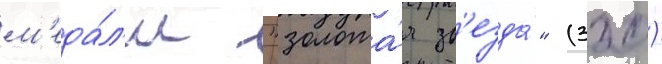
м'еда́л'и "золота́я зв'езда́" (320)